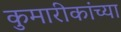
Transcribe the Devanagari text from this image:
कुमारीकांच्या